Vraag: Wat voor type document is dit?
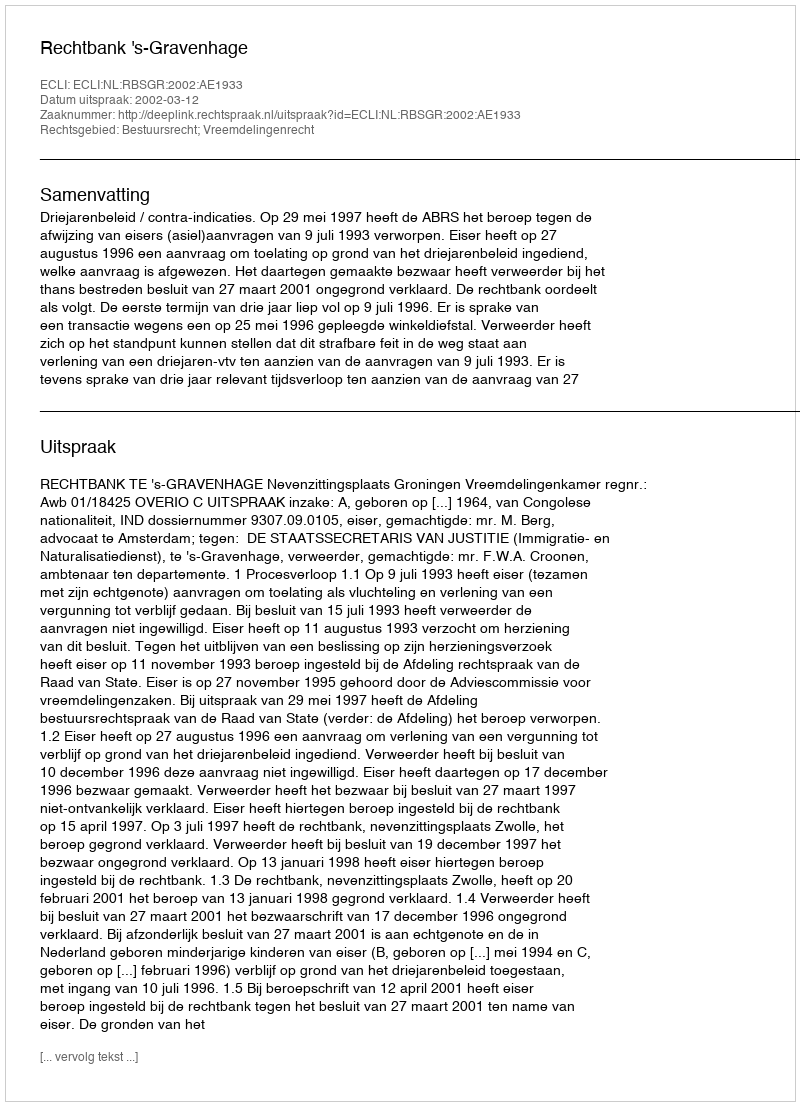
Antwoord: Uitspraak